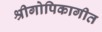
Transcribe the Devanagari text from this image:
श्रीगोपिकागीत